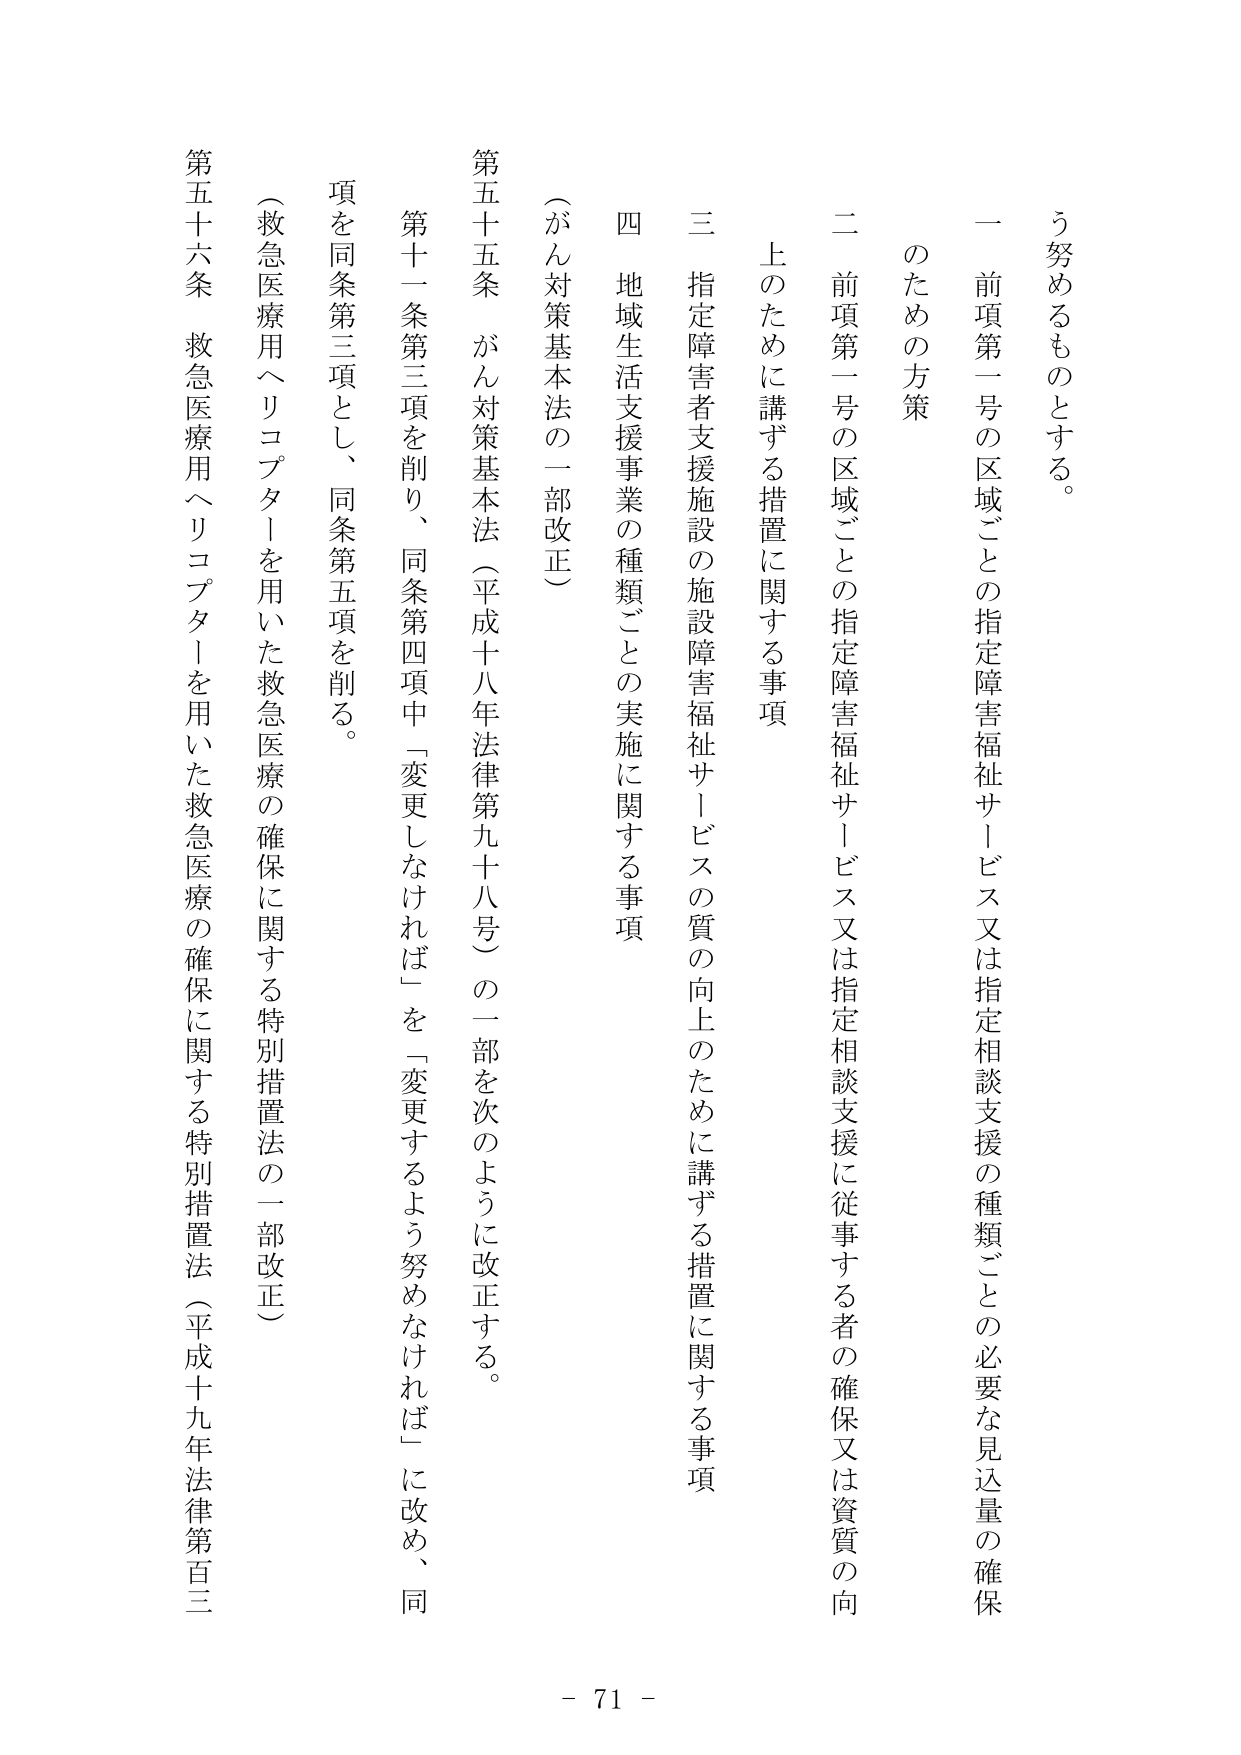
う努めるものとする。

のための方策

一 前項第一号の区域ごとの指定障害福祉サービス又は指定相談支援の種類ごとの必要な見込量の確保

二 前項第一号の区域ごとの指定障害福祉サービス又は指定相談支援に従事する者の確保又は資質の向上のために講ずる措置に関する事項

三 指定障害者支援施設の施設障害福祉サービスの質の向上のために講ずる措置に関する事項

四 地域生活支援事業の種類ごとの実施に関する事項

（がん対策基本法の一部改正）

第五十五条 がん対策基本法（平成十八年法律第九十八号）の一部を次のように改正する。

第十一条第三項を削り、同条第四項中「変更しなければ」を「変更するよう努めなければ」に改め、同項を同条第三項とし、同条第五項を削る。

（救急医療用ヘリコプターを用いた救急医療の確保に関する特別措置法の一部改正）

第五十六条 救急医療用ヘリコプターを用いた救急医療の確保に関する特別措置法（平成十九年法律第百三

- 71 -